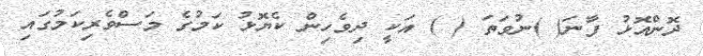
ދޮންއޮޅު ފާނަ( )ނުވަތަ ( ) އަކީ ދިވެހިން ކެޔޮޅު ކަމުގެ މަސްވެރިކަމުގައި